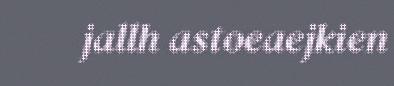
jallh astoeaejkien